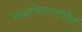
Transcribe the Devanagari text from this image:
रुक्षचिन्तनपरैर्न